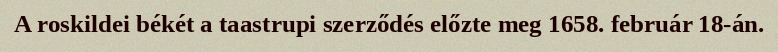
A roskildei békét a taastrupi szerződés előzte meg 1658. február 18-án.